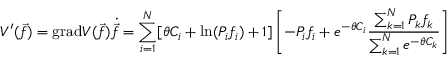
V ^ { \prime } ( \vec { f } ) = \mathrm { g r a d } V ( \vec { f } ) \dot { \vec { f } } = \sum _ { i = 1 } ^ { N } [ \theta C _ { i } + \mathrm { l n } ( P _ { i } f _ { i } ) + 1 ] \left[ - P _ { i } f _ { i } + e ^ { - \theta C _ { i } } \frac { \sum _ { k = 1 } ^ { N } P _ { k } f _ { k } } { \sum _ { k = 1 } ^ { N } e ^ { - \theta C _ { k } } } \right]